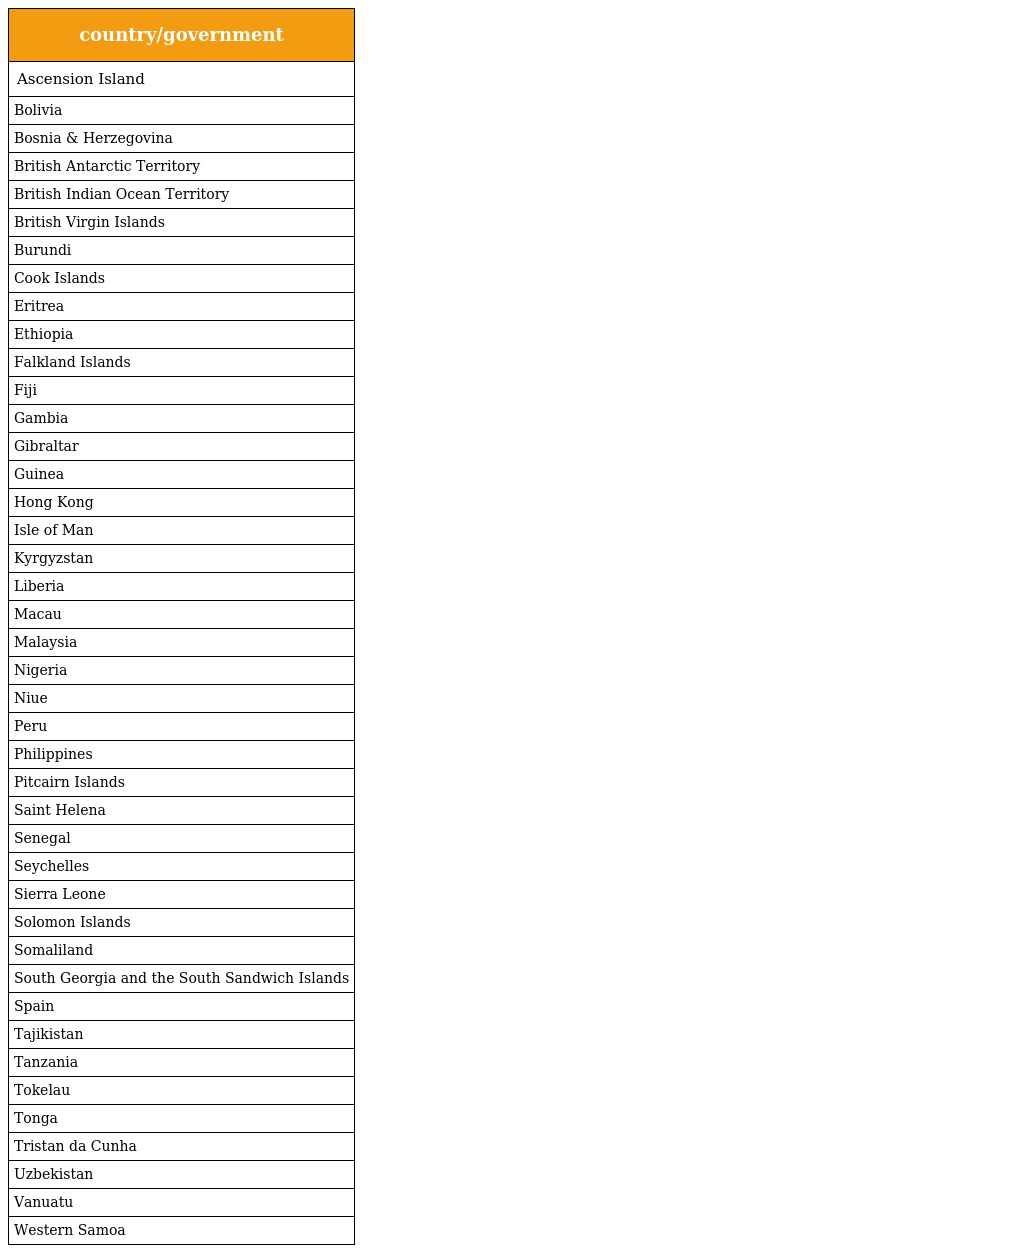
| country/government |
 | --- |
 | Ascension Island |
 | Bolivia |
 | Bosnia & Herzegovina |
 | British Antarctic Territory |
 | British Indian Ocean Territory |
 | British Virgin Islands |
 | Burundi |
 | Cook Islands |
 | Eritrea |
 | Ethiopia |
 | Falkland Islands |
 | Fiji |
 | Gambia |
 | Gibraltar |
 | Guinea |
 | Hong Kong |
 | Isle of Man |
 | Kyrgyzstan |
 | Liberia |
 | Macau |
 | Malaysia |
 | Nigeria |
 | Niue |
 | Peru |
 | Philippines |
 | Pitcairn Islands |
 | Saint Helena |
 | Senegal |
 | Seychelles |
 | Sierra Leone |
 | Solomon Islands |
 | Somaliland |
 | South Georgia and the South Sandwich Islands |
 | Spain |
 | Tajikistan |
 | Tanzania |
 | Tokelau |
 | Tonga |
 | Tristan da Cunha |
 | Uzbekistan |
 | Vanuatu |
 | Western Samoa |